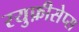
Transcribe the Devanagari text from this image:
रयुफ़ीसेप्स